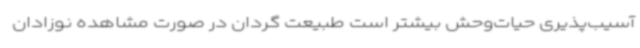
آسیب‌پذیری حیات‌وحش بیشتر است طبیعت گردان در صورت مشاهده نوزادان